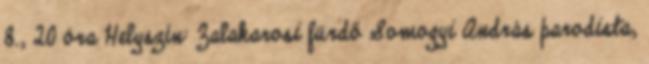
8., 20 óra Helyszín: Zalakarosi fürdő Somogyi András parodista,